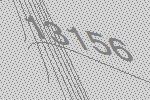
13156